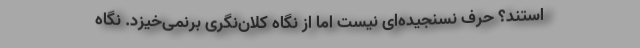
استند؟ حرف نسنجیده‌ای نیست اما از نگاه کلان‌نگری برنمی‌خیزد. نگاه